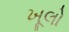
ખૂલો